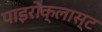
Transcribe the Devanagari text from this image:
पाइरोक्लास्ट